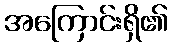
အကြောင်းရှိ၏